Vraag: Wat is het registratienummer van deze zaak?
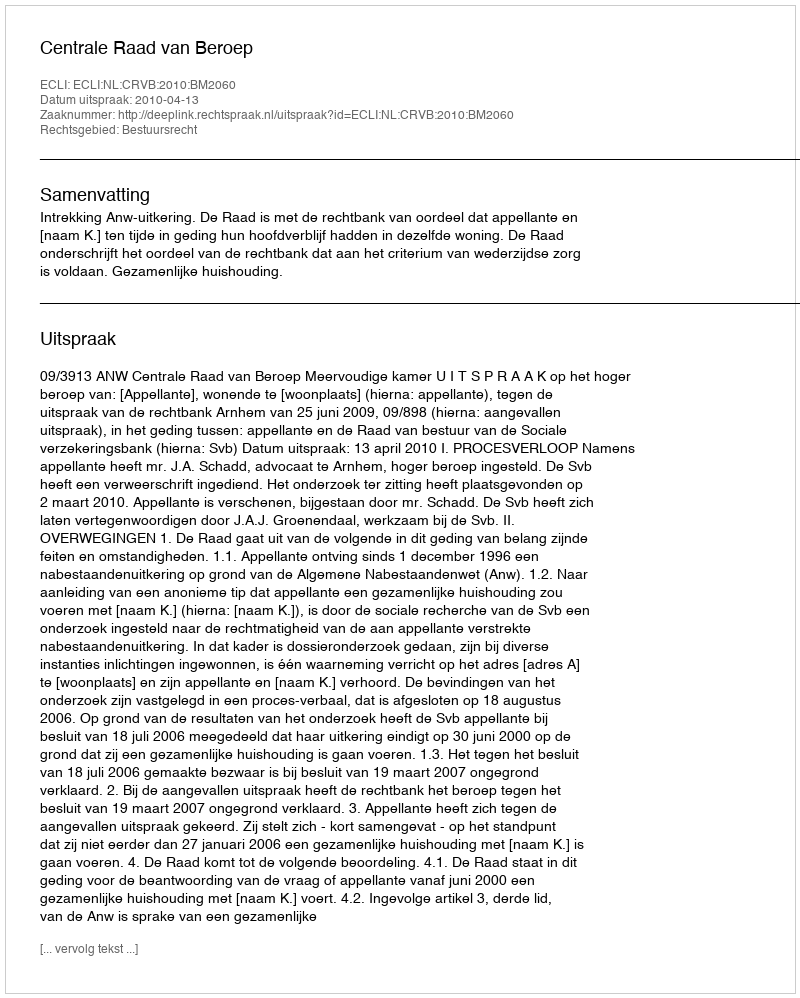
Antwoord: http://deeplink.rechtspraak.nl/uitspraak?id=ECLI:NL:CRVB:2010:BM2060